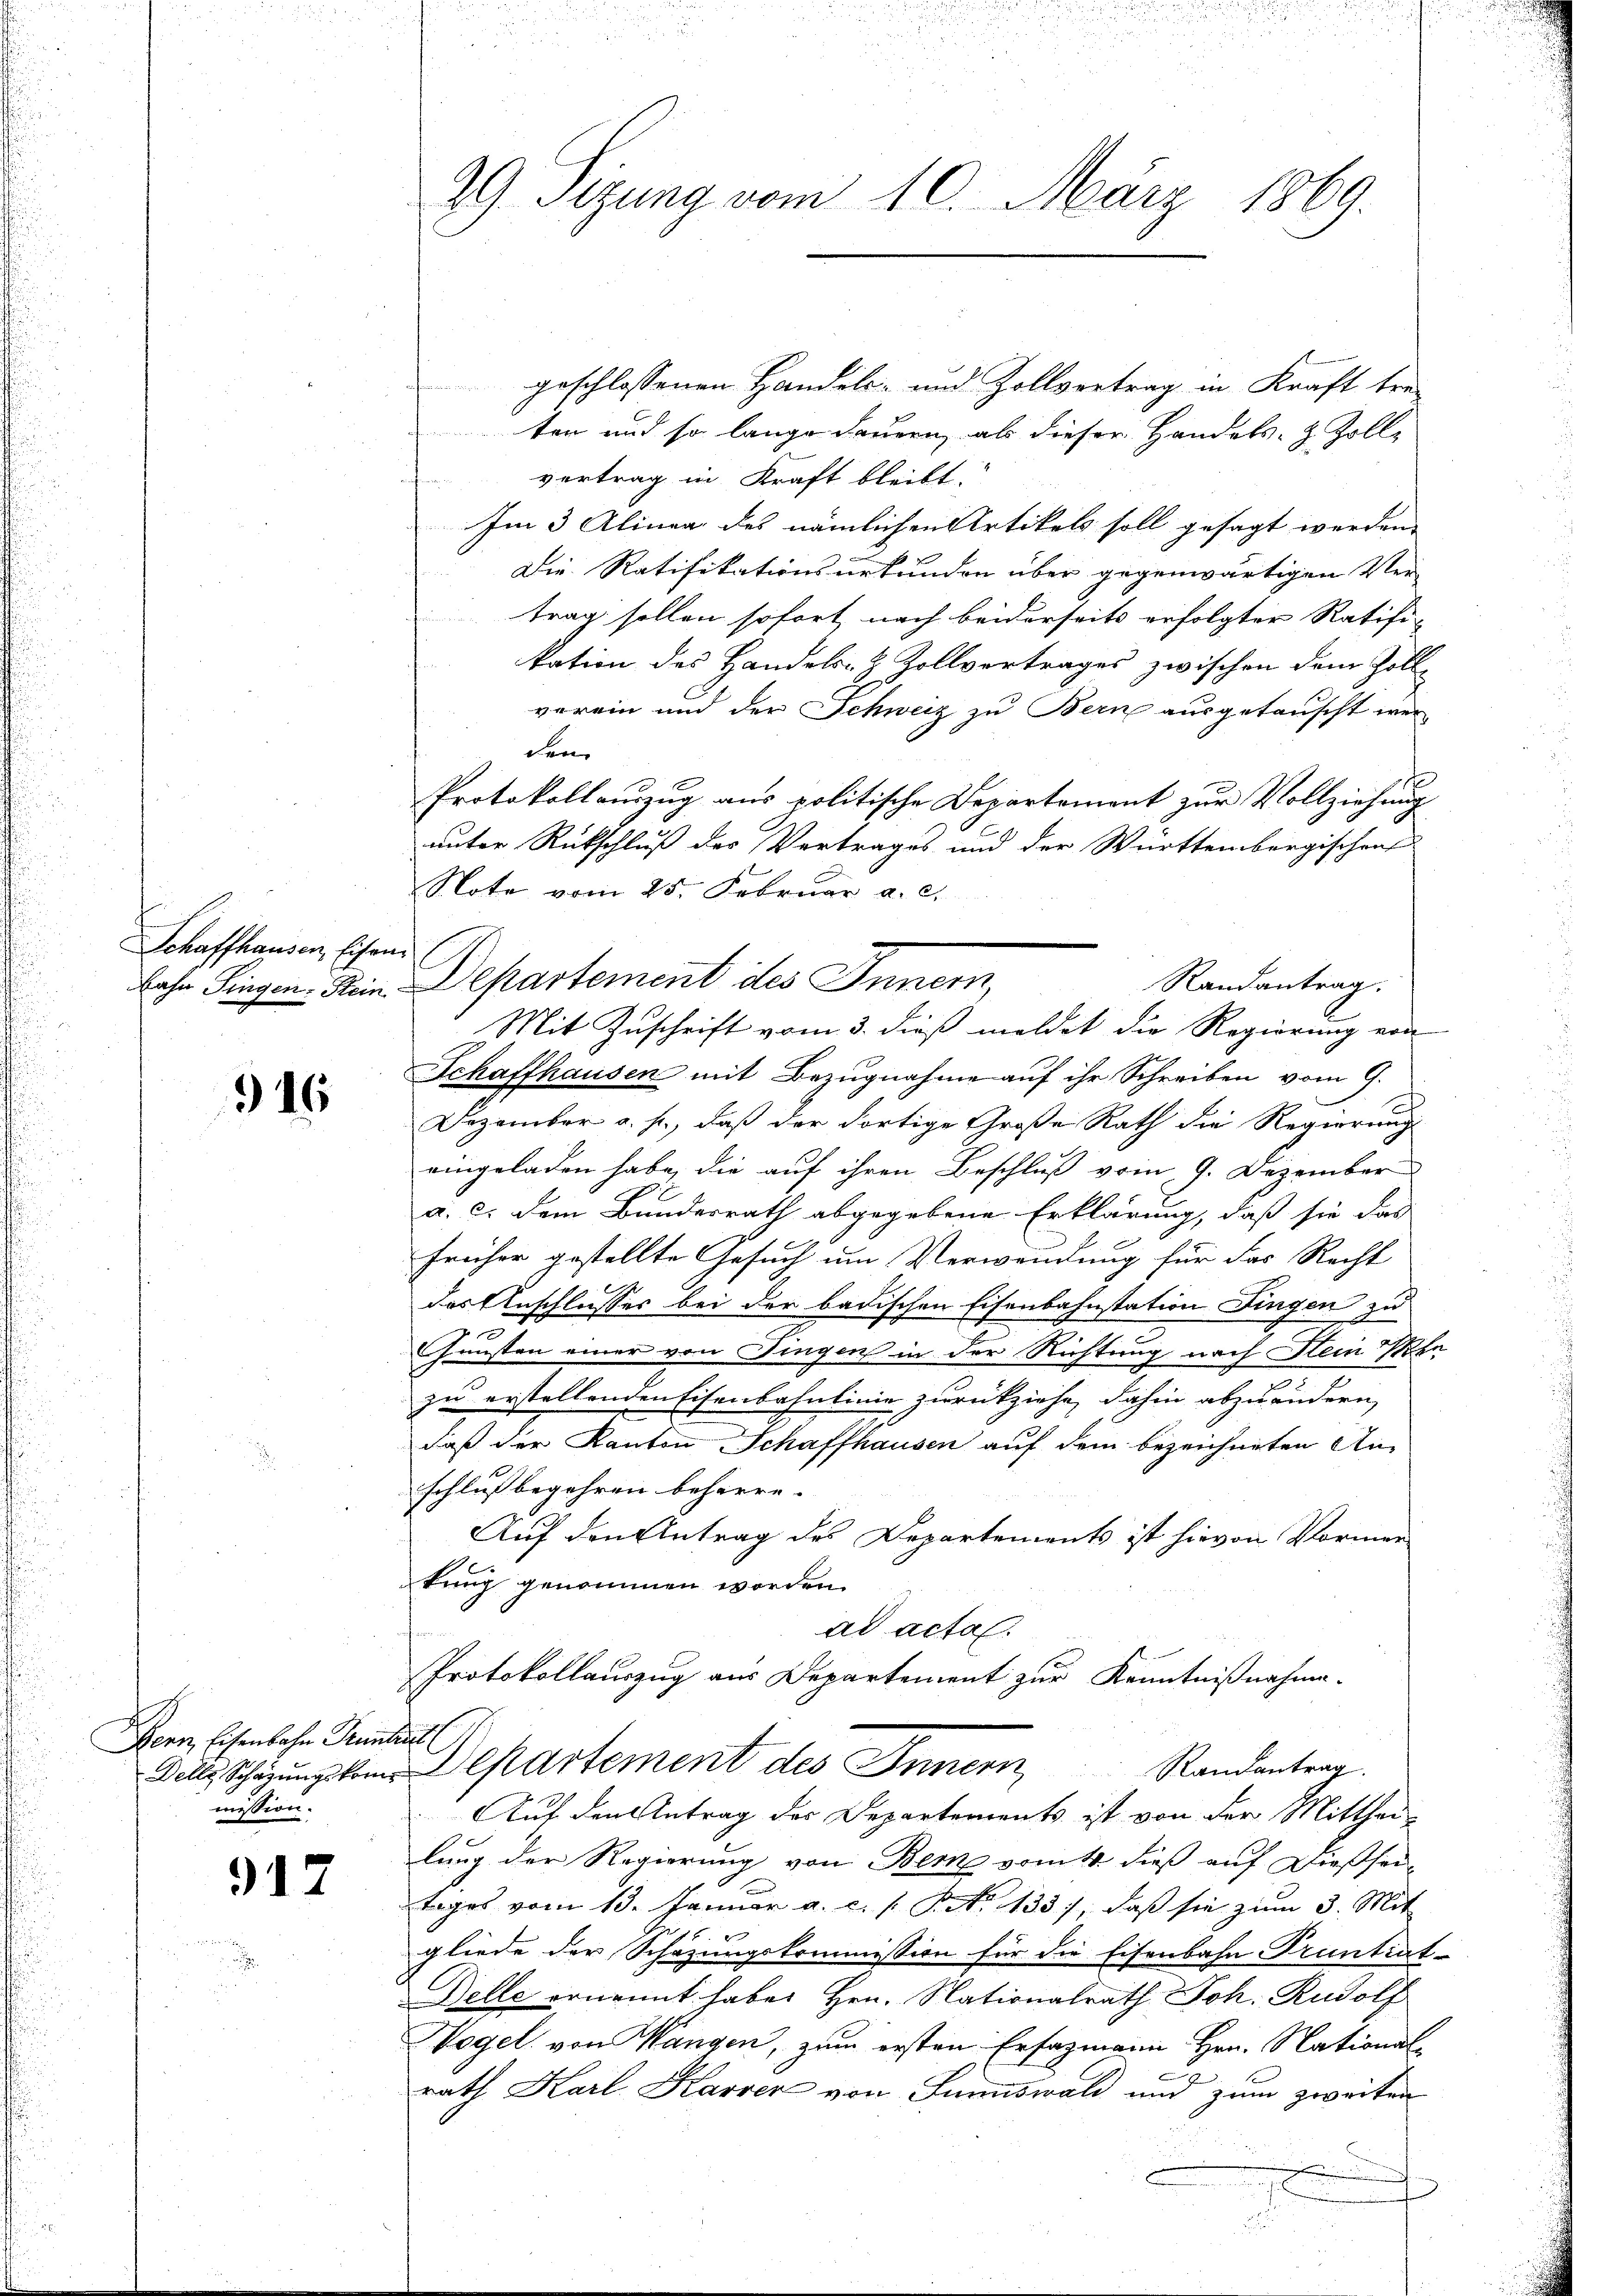
u
Schaffhausen, Eisen
Bahn Fingen Stein

916

Bern, Eisenbahn Trunkel
mission.

917

29. Sizung vom 10. März 1869.

geschlossenen Handels- und Zollvertrag in Kraft tre
ten und so lange dauern, als dieser Handels- & Zolle
vertrag in Kraft bleibt.
Im 3 Alinen des nämlichen Artikels soll gesagt werden.
Die Ratifikationsurkunden über gegenwärtigen Ver-
trag sollen sofort nach beiderseits erfolgter Ratifi-
kation des Handels- & Zollvertrages zwischen dem Zollverein und der Schweiz zu Bern ausgetauscht werden
Protokollauszug aus politische Departement zur Vollziehung
unter Rückschluß des Vertrages und der Württembergischens
Note vom 25. Februar a. c.
Departement des Innern,
Mit Zuschrift vom 3. dieß meldet die Regierung von
Schaffhausen mit Bezugnahme auf ihr Schreiben vom 9.
Dezember a. f., daß der dortige Große Rath die Regierung
eingeladen habe, die auf ihren Beschluß vom 9. Dezember
a. c. dem Bundesrath abgegebene Erklärung, daß sie das
früher gestellte Gesuch um Verwendung für das Recht
das Anschlusses bei der badischen Eisenbahnstation Fingen zu
Gunsten einer von Fingen in der Richtung nach Steinen
zu erstellenden Eisenbahnlinie zurückziehe, dahin abzuändern,
daß der Kanton Schaffhausen auf dem bezeichneten Anschluß begehren beherre.
Auf den Antrag des Departements ist hievon Vormer
kung genommen worden.
ad acta.
Protokollauszug aus Departement zur Kenntnißnahme.

Randantrag.

Delle Schazungskom Departement des Innern Randantrag.
Auf den Antrag des Departements ist von der Mitthei-

lung der Regierung von Bern vom 14. dieß auf dießseitages vom 13. Januar a. c. s. S. 133), daβ sie zum 3. Mit
2
gliede der Schazungskommission für die Eisenbahn Pruntiat-
Delle ernannt habe. Hrn. Nationalrath Joh. Rudolf
Vogel von Wangen, zum ersten Erfazmann Hrn. Nationale
rath Karl Karrer von Sunnswald und zum zweiten
1